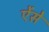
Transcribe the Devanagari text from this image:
ऐंसे